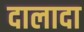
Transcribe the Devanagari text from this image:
दालादा